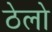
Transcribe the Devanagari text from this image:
ठेलो